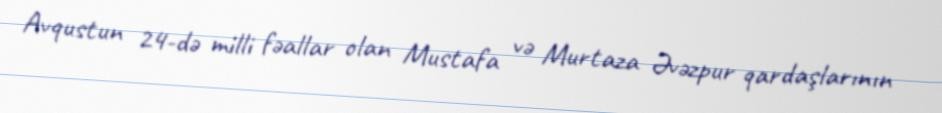
Avqustun 24-də milli fəallar olan Mustafa və Murtaza Əvəzpur qardaşlarının